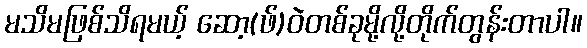
မသိမဖြစ်သိရမယ့် ဆော့(ဖ်)၀ဲတစ်ခုမို့လို့တိုက်တွန်းတာပါ။